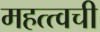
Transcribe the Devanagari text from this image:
महत्त्वची